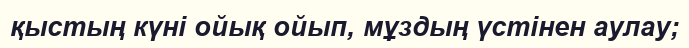
қыстың күні ойық ойып, мұздың үстінен аулау;